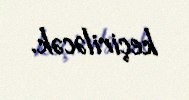
keçiriləcək.